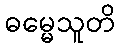
ဓမ္မေသူတိ